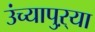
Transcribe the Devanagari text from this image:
उंच्यापुऱ्या